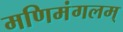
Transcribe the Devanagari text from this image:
मणिमंगलम्